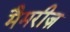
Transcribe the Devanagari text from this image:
मैमरीज़